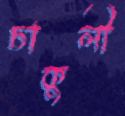
চাকুলী